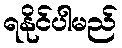
ရနိုင်ပါမည်